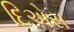
દિએસ